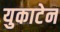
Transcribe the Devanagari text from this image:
युकाटेन